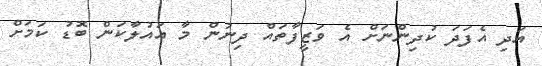
އަދި އެފަދަ ކުދިންނަށް އެ ވަޒީފާތައް ދިނުން މާ އައުލާކަން ބޮޑު ކަމަށް